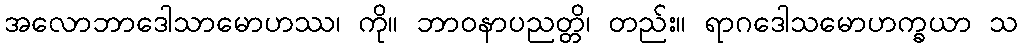
အလောဘာဒေါသာမောဟဿ၊ ကို။ ဘာဝနာပညတ္တိ၊ တည်း။ ရာဂဒေါသမောဟက္ခယာ သ